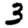
Digit: 3